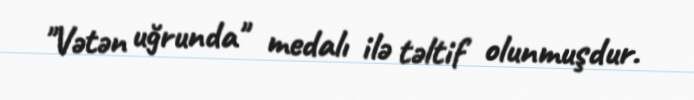
"Vətən uğrunda" medalı ilə təltif olunmuşdur.